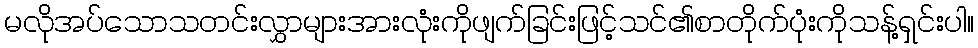
မလိုအပ်သောသတင်းလွှာများအားလုံးကိုဖျက်ခြင်းဖြင့်သင်၏စာတိုက်ပုံးကိုသန့်ရှင်းပါ။